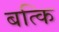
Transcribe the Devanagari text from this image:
बत्कि